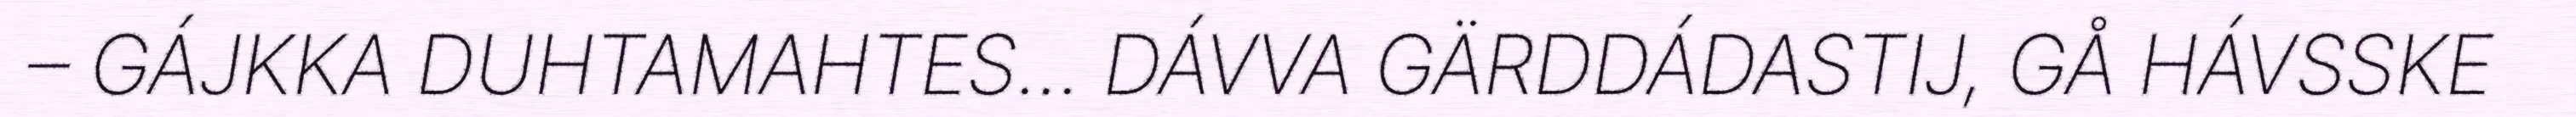
– GÁJKKA DUHTAMAHTES... DÁVVA GÄRDDÁDASTIJ, GÅ HÁVSSKE